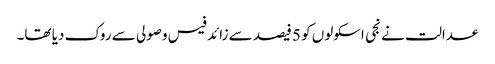
عدالت نے نجی اسکولوں کو 5 فیصد سے زائد فیس وصولی سے روک دیا تھا۔